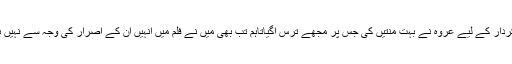
انہوں نے بتایا کہ پنجاب نہیں جاؤں گی کیلئے بھی میرا انتخاب عروہ نہیں تھی لیکن دردانہ کے کردار کے لیے عروہ نے بہت منتیں کی جس پر مجھے ترس آگیاتاہم تب بھی میں نے فلم میں انہیں ان کے اصرار کی وجہ سے نہیں بلکہ ان کے شوہر فرحان سعید کی وجہ سے شامل کیا تھا کیونکہ وہ میرے بہت اچھے دوست ہیں۔